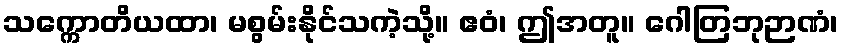
သက္ကောတိယထာ၊ မစွမ်းနိုင်သကဲ့သို့။ ဧဝံ၊ ဤအတူ။ ဂေါတြဘုဉာဏံ၊